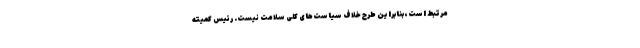
مرتبط است، بنابراین طرح خلاف سیاست‌های کلی سلامت نیست. رئیس کمیته